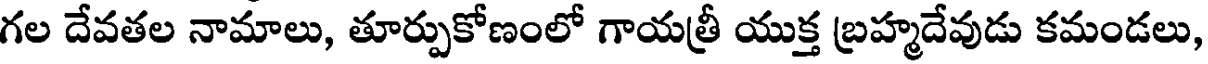
గల దేవతల నామాలు, తూర్పుకోణంలో గాయత్రీ యుక్త బ్రహ్మదేవుడు కమండలు,